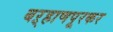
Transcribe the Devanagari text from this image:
बऱ्हाणपूरकर